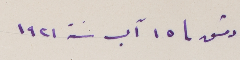
دمشق 15 آب سنة 1921